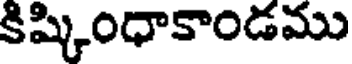
కిష్కింధాకాండము